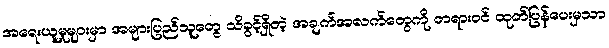
အရေးယူမှုများမှာ အများပြည်သူတွေ သိခွင့်ရှိတဲ့ အချက်အလက်တွေကို တရားဝင် ထုတ်ပြန်ပေးမှသာ